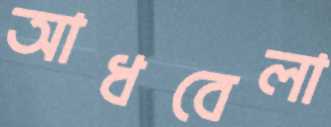
আধবেলা